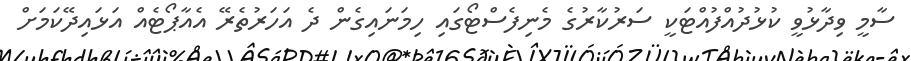
ސާމީ ވިދާޅުވީ ކުޅުދުއްފުއްޓަކީ ސަރުކާރުގެ މެނިފެސްޓޯގައި ހިމަނައިގެން ދެ އަހަރުތެރޭ އެއާޕޯޓެއް އަޅައިދޭކަމަށް